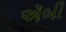
ઍબી